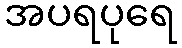
အပရပုရေ